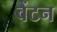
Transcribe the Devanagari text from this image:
वैंटन